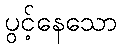
ပွင့်နေသော